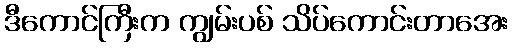
ဒီကောင်ကြီးက ကျွမ်းပစ် သိပ်ကောင်းတာအေး